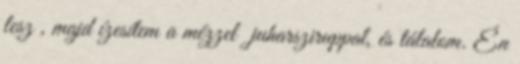
lesz , majd ízesítem a mézzel juharsziruppal, és tálalom. Én